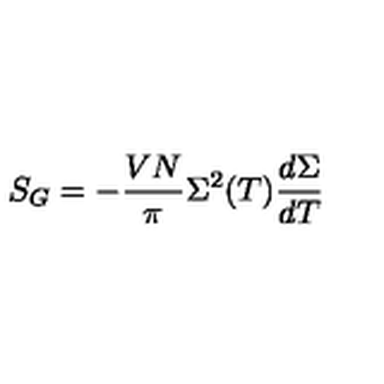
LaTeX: S _ { G } = - { \frac { V N } { \pi } } \Sigma ^ { 2 } ( T ) { \frac { d \Sigma } { d T } }